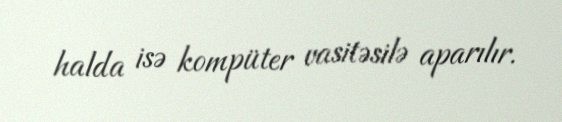
halda isə kompüter vasitəsilə aparılır.